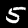
Label: 5